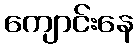
ကျောင်းနေ